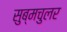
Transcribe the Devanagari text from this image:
सुब्मचुलर